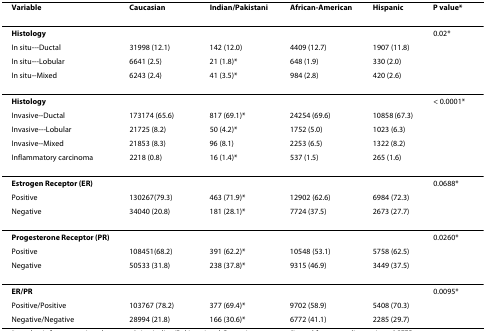
| Variable | Caucasian | Indian/Pakistani | African-American | Hispanic | P value* |
 | --- | --- | --- | --- | --- | --- |
 | Histology |  |  |  |  | 0.02* |
 | In situ---Ductal | 31998 (12.1) | 142 (12.0) | 4409 (12.7) | 1907 (11.8) |  |
 | In situ---Lobular | 6641 (2.5) | 21 (1.8)* | 648 (1.9) | 330 (2.0) |  |
 | In situ--Mixed | 6243 (2.4) | 41 (3.5)* | 984 (2.8) | 420 (2.6) |  |
 | Histology |  |  |  |  | < 0.0001* |
 | Invasive--Ductal | 173174 (65.6) | 817 (69.1)* | 24254 (69.6) | 10858 (67.3) |  |
 | Invasive---Lobular | 21725 (8.2) | 50 (4.2)* | 1752 (5.0) | 1023 (6.3) |  |
 | Invasive--Mixed | 21853 (8.3) | 96 (8.1) | 2253 (6.5) | 1322 (8.2) |  |
 | Inflammatory carcinoma | 2218 (0.8) | 16 (1.4)* | 537 (1.5) | 265 (1.6) |  |
 | Estrogen Receptor (ER) |  |  |  |  | 0.0688* |
 | Positive | 130267(79.3) | 463 (71.9)* | 12902 (62.6) | 6984 (72.3) |  |
 | Negative | 34040 (20.8) | 181 (28.1)* | 7724 (37.5) | 2673 (27.7) |  |
 | Progesterone Receptor (PR) |  |  |  |  | 0.0260* |
 | Positive | 108451(68.2) | 391 (62.2)* | 10548 (53.1) | 5758 (62.5) |  |
 | Negative | 50533 (31.8) | 238 (37.8)* | 9315 (46.9) | 3449 (37.5) |  |
 | ER/PR |  |  |  |  | 0.0095* |
 | Positive/Positive | 103767 (78.2) | 377 (69.4)* | 9702 (58.9) | 5408 (70.3) |  |
 | Negative/Negative | 28994 (21.8) | 166 (30.6)* | 6772 (41.1) | 2285 (29.7) |  |